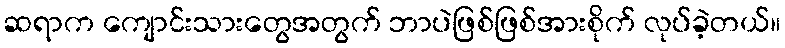
ဆရာက ကျောင်းသားတွေအတွက် ဘာပဲဖြစ်ဖြစ်အားစိုက် လုပ်ခဲ့တယ်။